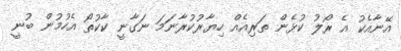
އޭނާއެކު އެ ރޯލު ކުޅެން ތަރިއެއް ހިޔާރުކުރާނަމަ ނަގާނީ ކާކުތޯ އެހުމުން ބުނީ